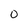
Character: 0